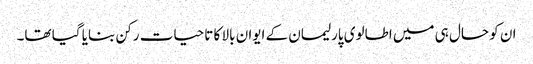
ان کو حال ہی میں اطالوی پارلیمان کے ایوان بالا کا تاحیات رکن بنایا گیا تھا۔